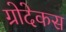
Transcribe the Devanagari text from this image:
ग्रोदेकस